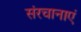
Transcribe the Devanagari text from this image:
संरचानाएं